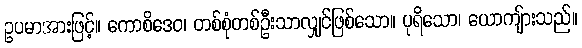
ဥပမာအားဖြင့်။ ကောစိဒေဝ၊ တစ်စုံတစ်ဦးသာလျှင်ဖြစ်သော။ ပုရိသော၊ ယောကျ်ားသည်။